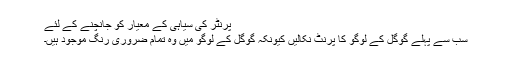
پرنٹر کی سیاہی کے معیار کو جانچنے کے لئے
سب سے پہلے گوگل کے لوگو کا پرنٹ نکالیں کیونکہ گوگل کے لوگو میں وہ تمام ضروری رنگ موجود ہیں۔